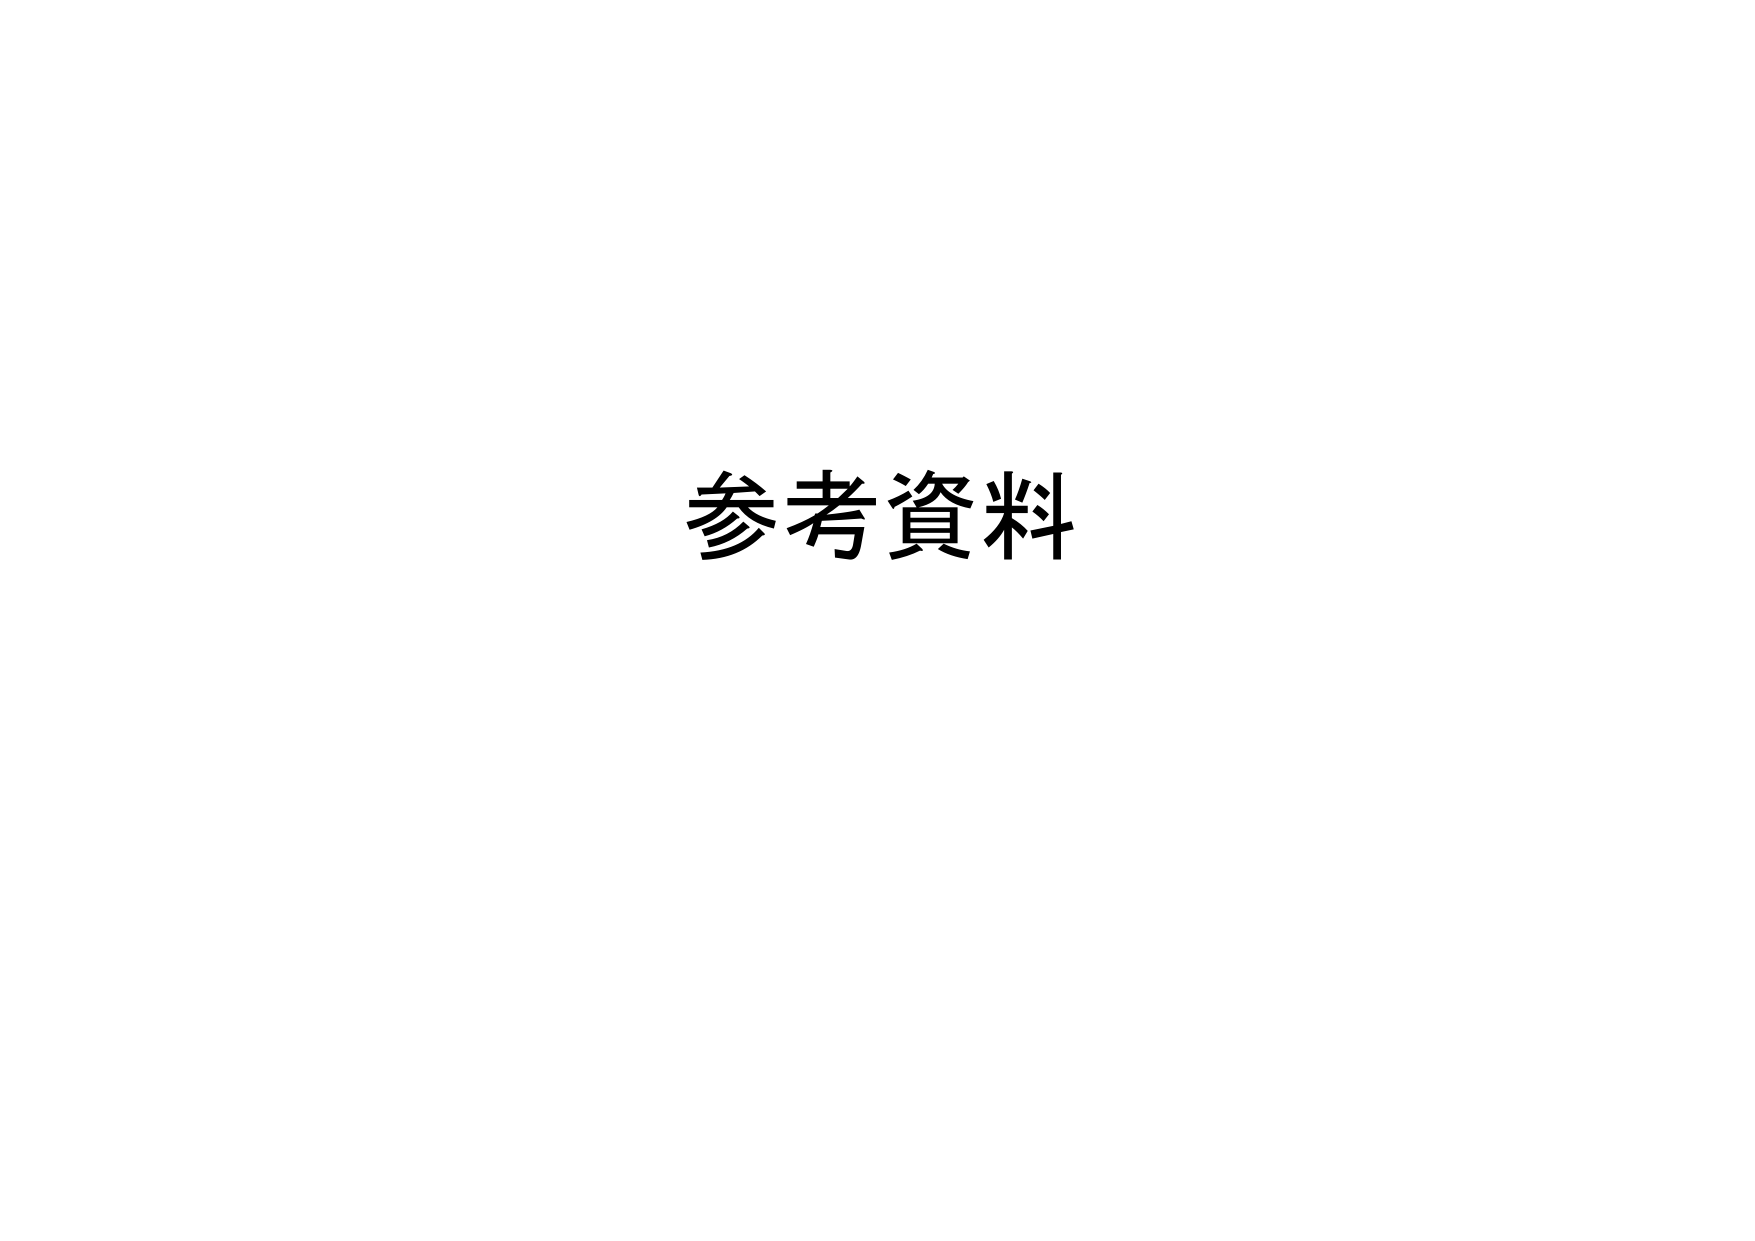
参考資料